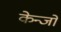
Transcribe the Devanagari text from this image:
केन्जो